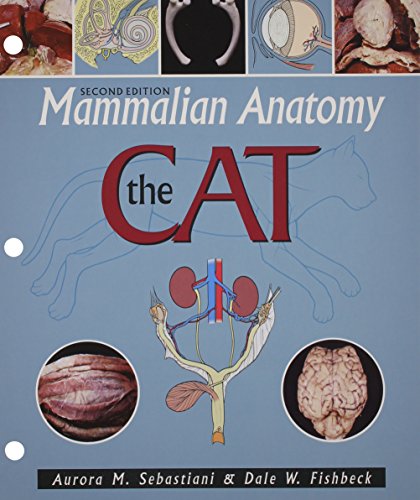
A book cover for Mammalian Anatomy: The Cat; Aurora M. Sebastiani; Medical Books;